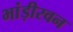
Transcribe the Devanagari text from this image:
भांड़ीरवन